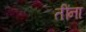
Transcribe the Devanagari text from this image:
तींना